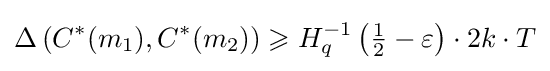
\Delta \left(C^{*}(m_{1}),C^{*}(m_{2})\right)\geqslant H_{q}^{-1}\left({\tfrac {1}{2}}-\varepsilon \right)\cdot 2k\cdot T